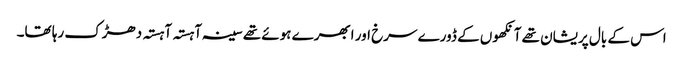
اس کے بال پریشان تھے آنکھوں کے ڈورے سرخ اور ابھرے ہوئے تھے سینہ آہستہ آہستہ دھڑک رہا تھا۔